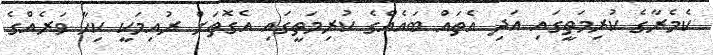
ކެމެރާގެ ކުރިމަތީގައި އަދި އެތައް ބައެއްގެ ކުރިމަތީގައި އެގޮތަށް ރުއިމަކީ ކިހާ ވަރެއްގެ